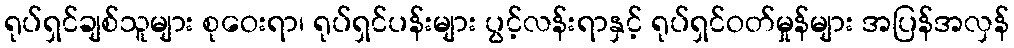
ရုပ်ရှင်ချစ်သူများ စုဝေးရာ၊ ရုပ်ရှင်ပန်းများ ပွင့်လန်းရာနှင့် ရုပ်ရှင်ဝတ်မှုန်များ အပြန်အလှန်